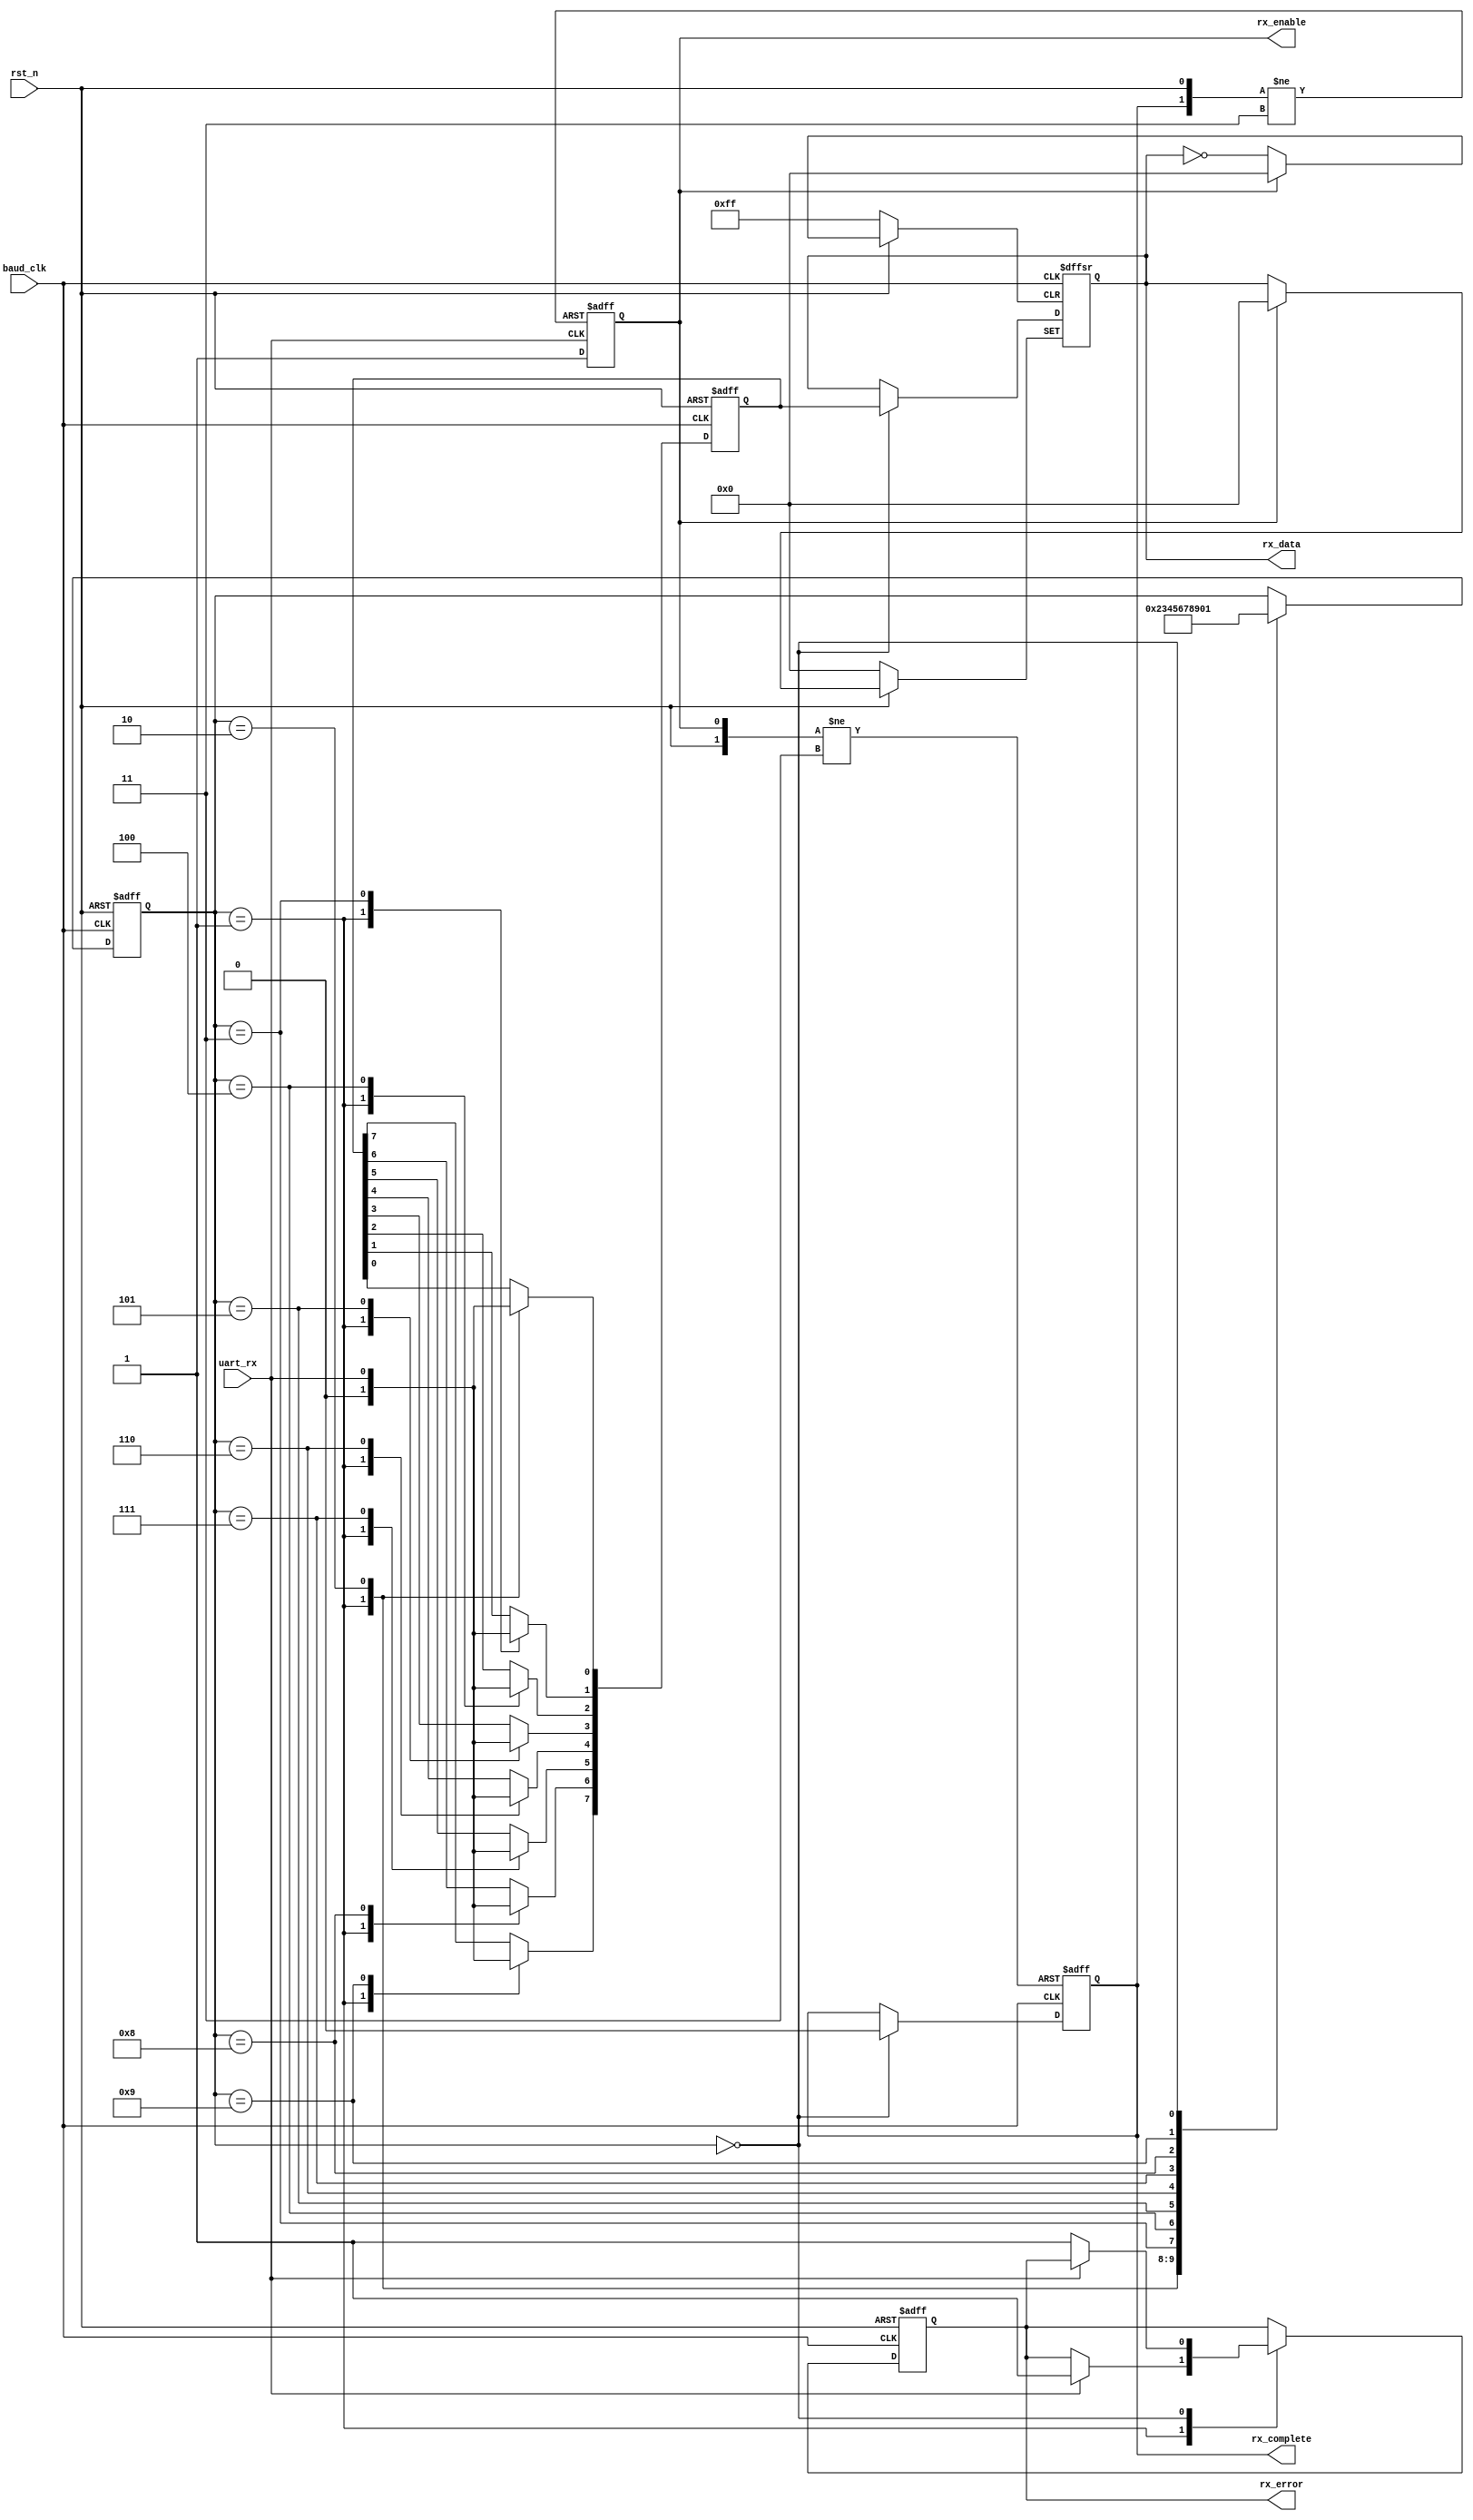
module my_uart_rx(rst_n, baud_clk, uart_rx, rx_data, rx_enable, rx_complete, rx_error);
input rst_n;
input baud_clk;
input uart_rx;
output[7:0] rx_data;
output rx_enable;
output rx_complete;
output rx_error;
reg rx_enable_reg;
always @ (negedge uart_rx or negedge rx_complete_reg or negedge rst_n)
begin
	if (!rst_n) 
	begin
		rx_enable_reg <= 1'b0;
	end
	else if (!rx_complete_reg)
		rx_enable_reg <= 1'b0;
	else if (!uart_rx)
		rx_enable_reg <= 1'b1;
end
assign rx_enable = rx_enable_reg;
reg[7:0] rx_data_reg;
reg rx_complete_reg;
always @ (negedge baud_clk or negedge rx_enable_reg or negedge rst_n)
begin
	if (!rst_n)
	begin
		rx_complete_reg <= 1'b1;
		rx_data_reg <= 8'd0;
	end
	else if (!rx_enable_reg)
		rx_complete_reg <= 1'b1;
	else if (!baud_clk)
	begin
		if (!rx_count)
		begin
			rx_data_reg <= rx_data_temp;
			rx_complete_reg <= 1'b0;
		end
	end
end
assign rx_data = rx_data_reg;
assign rx_complete = rx_complete_reg;
reg[3:0] rx_count;
always @ (posedge baud_clk or negedge rst_n)
begin
	if (!rst_n)
	begin
		rx_count <= 4'd0;
	end
	else if (baud_clk)
	begin
		case (rx_count)
			4'd1:	rx_count <= 4'd2;
			4'd2:	rx_count <= 4'd3;
			4'd3:	rx_count <= 4'd4;
			4'd4: rx_count <= 4'd5;
			4'd5: rx_count <= 4'd6;
			4'd6: rx_count <= 4'd7;
			4'd7: rx_count <= 4'd8;
			4'd8:	rx_count <= 4'd9;
			4'd9: rx_count <= 4'd0;
			4'd0: rx_count <= 4'd1;
		endcase
	end
end
reg[7:0] rx_data_temp;
reg rx_error_reg;
always @ (negedge baud_clk or negedge rst_n)
begin
	if (!rst_n)
	begin
		rx_error_reg <= 1'b0;
		rx_data_temp <= 8'd0;
	end
	else if (!baud_clk)
	begin
		case (rx_count)
			4'd1:	begin if (uart_rx) rx_error_reg <= 1'b1; rx_data_temp <= 4'd0; end
			4'd2:	rx_data_temp[0] <= uart_rx;
			4'd3:	rx_data_temp[1] <= uart_rx;
			4'd4: rx_data_temp[2] <= uart_rx;
			4'd5: rx_data_temp[3] <= uart_rx;
			4'd6: rx_data_temp[4] <= uart_rx;
			4'd7: rx_data_temp[5] <= uart_rx;
			4'd8:	rx_data_temp[6] <= uart_rx;
			4'd9: rx_data_temp[7] <= uart_rx;
			4'd0: begin if (!uart_rx) rx_error_reg <= 1'b1; end
		endcase
	end
end
assign rx_error = rx_error_reg;
endmodule